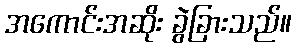
အကောင်းအဆိုး ခွဲခြားသည်။